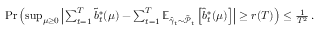
\begin{array} { r } { \operatorname* { P r } \left( \operatorname* { s u p } _ { \mu \geq 0 } \left| \sum _ { t = 1 } ^ { T } \tilde { b } _ { t } ^ { * } ( \mu ) - \sum _ { t = 1 } ^ { T } \mathbb { E } _ { \hat { \gamma } _ { t } \sim \tilde { \mathcal { P } } _ { t } } \left[ \hat { b } _ { t } ^ { * } ( \mu ) \right] \right| \geq r ( T ) \right) \leq \frac { 1 } { T ^ { 2 } } \, . } \end{array}